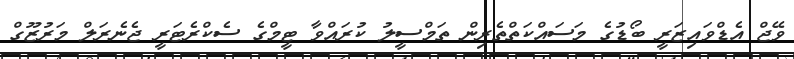
ވޭޖް އެޑްވައިޒަރީ ބޯޑުގެ މަސަައްކަތްތެރިން ތަމްސީލު ކުރައްވާ ޓީމްގެ ސެކްރެޓަރީ ޖެނެރަލް މަރުޒޫގް